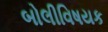
બોલીવિષયક